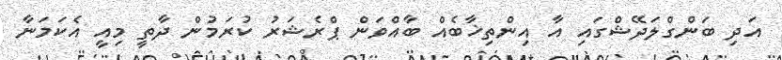
އަދި ބަންގްލަދޭޝްގައި އާ އިންތިޚާބެއް ބާއްވަން ޕްރެޝަރު ކުރަމުން ދާތީ މިއީ އެކަމަނާ